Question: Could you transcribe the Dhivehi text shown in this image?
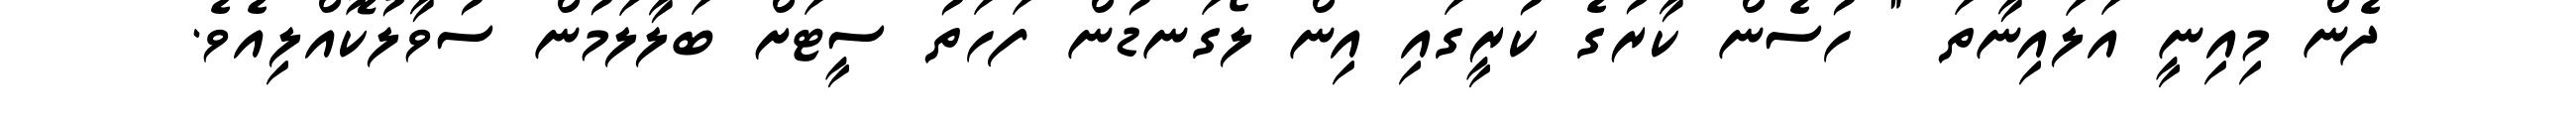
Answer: ދެން މިއިނީ އަލައިނާތަ " ހުސެން ކާރުގެ ކުރީގައި އިން ލޯގަނޑުން ފަހަތު ސީޓަށް ބަލާލަމުން ސުވާލުކޮއްލިއެވެ.